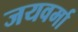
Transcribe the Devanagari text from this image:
जयवर्मा